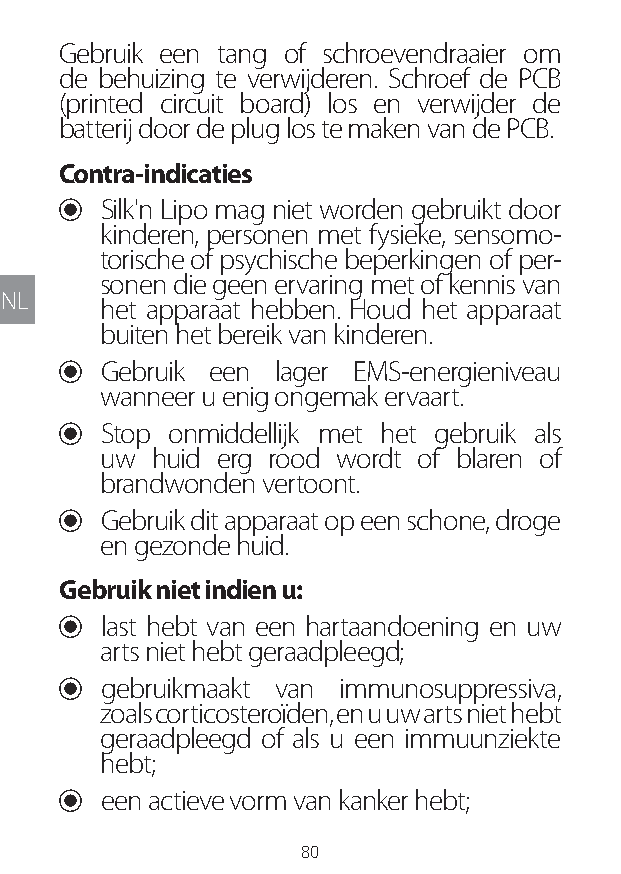
Gebruik een tang of schroevendraaier om
 de behuizing te verwijderen. Schroef de PCB
 (printed circuit board) los en verwijder de
 batterij door de plug los te maken van de PCB.
 Contra-indicaties
 U Silk'n Lipo mag niet worden gebruikt door
 kinderen, personen met fysieke, sensomo-
 torische of psychische beperkingen of per-
 sonen die geen ervaring met of kennis van
 NL
 het apparaat hebben. Houd het apparaat
 buiten het bereik van kinderen.
 U Gebruik een lager EMS-energieniveau
 wanneer u enig ongemak ervaart.
 U Stop onmiddellijk met het gebruik als
 uw  huid erg rood wordt of blaren of
 brandwonden vertoont.
 U Gebruik dit apparaat op een schone, droge
 en gezonde huid.
 Gebruik niet indien u:
 U last hebt van een hartaandoening en uw
 arts niet hebt geraadpleegd;
 U gebruikmaakt van immunosuppressiva,
 zoals corticosteroïden, en u uw arts niet hebt
 geraadpleegd of als u een immuunziekte
 hebt;
 U een actieve vorm van kanker hebt;
 80
 Lipo UM EU124 3545B inside ALL EU124 ED296-24 release.indd 80 14/08/2018 10:57:37